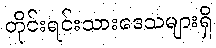
တိုင်းရင်းသားဒေသများရှိ